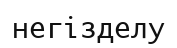
негізделу